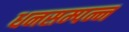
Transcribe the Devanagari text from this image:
धनसम्पन्न